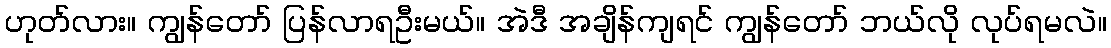
ဟုတ်လား။ ကျွန်တော် ပြန်လာရဦးမယ်။ အဲဒီ အချိန်ကျရင် ကျွန်တော် ဘယ်လို လုပ်ရမလဲ။